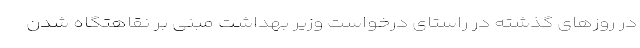
در روزهای گذشته در راستای درخواست وزیر بهداشت مبنی بر نقاهتگاه شدن